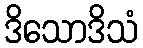
ဒိသောဒိသံ